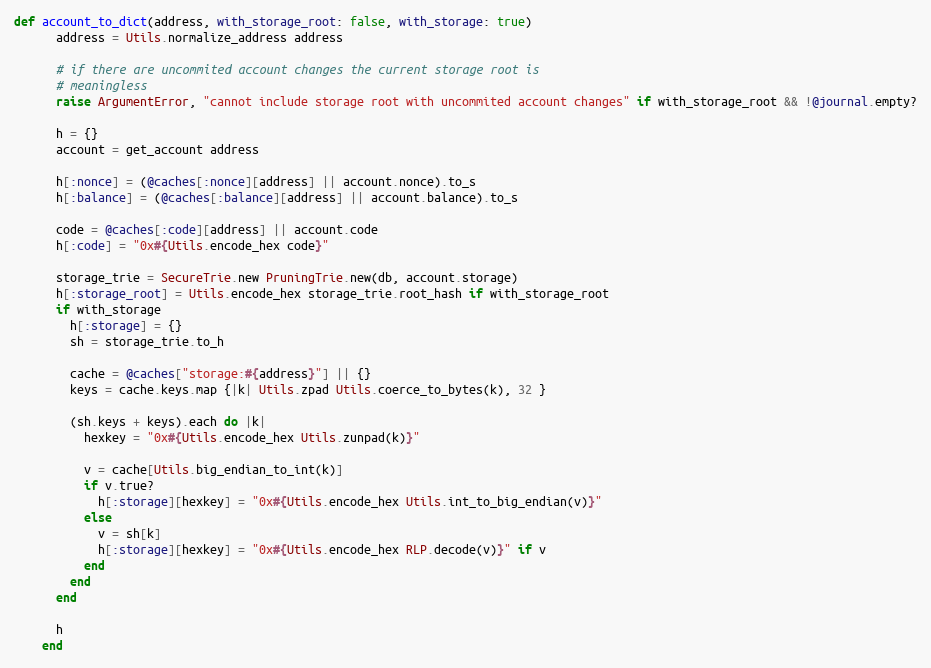
Language: Ruby
def account_to_dict(address, with_storage_root: false, with_storage: true)
      address = Utils.normalize_address address

      # if there are uncommited account changes the current storage root is
      # meaningless
      raise ArgumentError, "cannot include storage root with uncommited account changes" if with_storage_root && !@journal.empty?

      h = {}
      account = get_account address

      h[:nonce] = (@caches[:nonce][address] || account.nonce).to_s
      h[:balance] = (@caches[:balance][address] || account.balance).to_s

      code = @caches[:code][address] || account.code
      h[:code] = "0x#{Utils.encode_hex code}"

      storage_trie = SecureTrie.new PruningTrie.new(db, account.storage)
      h[:storage_root] = Utils.encode_hex storage_trie.root_hash if with_storage_root
      if with_storage
        h[:storage] = {}
        sh = storage_trie.to_h

        cache = @caches["storage:#{address}"] || {}
        keys = cache.keys.map {|k| Utils.zpad Utils.coerce_to_bytes(k), 32 }

        (sh.keys + keys).each do |k|
          hexkey = "0x#{Utils.encode_hex Utils.zunpad(k)}"

          v = cache[Utils.big_endian_to_int(k)]
          if v.true?
            h[:storage][hexkey] = "0x#{Utils.encode_hex Utils.int_to_big_endian(v)}"
          else
            v = sh[k]
            h[:storage][hexkey] = "0x#{Utils.encode_hex RLP.decode(v)}" if v
          end
        end
      end

      h
    end